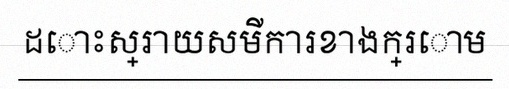
ដោះស្រាយសមីការខាងក្រោម